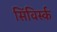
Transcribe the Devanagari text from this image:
सिंविर्स्क